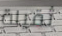
ثقيلة